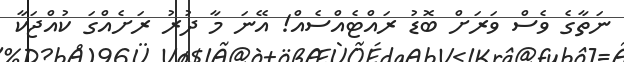
ނަތާގެ ވެސް ވަރަށް ބޮޑު ރައްޓެއްސެއް! އޭނަ މާ ދުރު ރަށެއްގަ ކުއްޖަކާ